Annual administration report of the Civil Veterinary Department, Ajmere-Merwara, British Rajputana - 1914-1940
Year: 1914
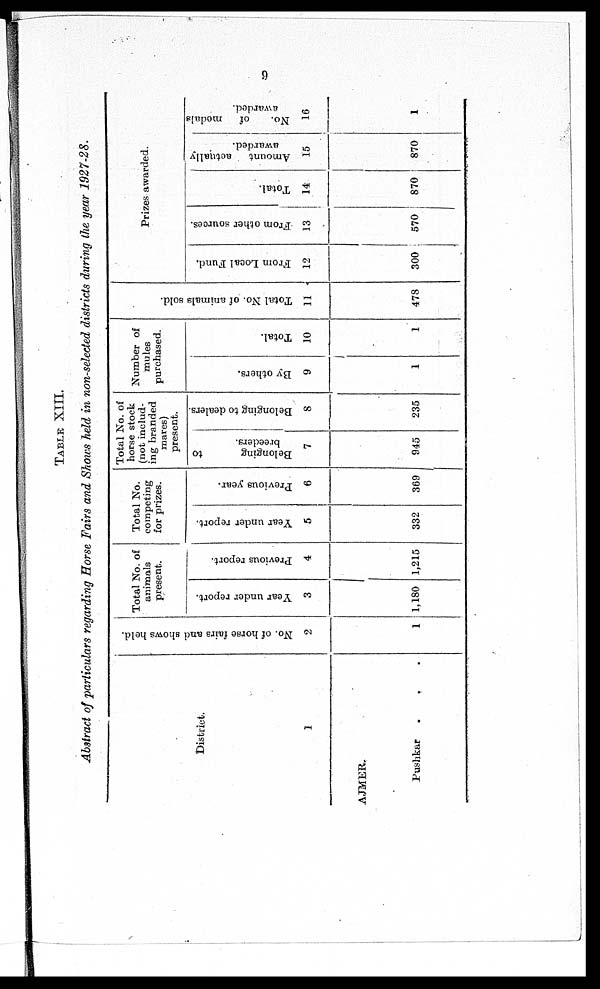
9
TABLE XIII.
Abstract of particulars regarding Horse Fairs and Shows held in non-selected districts during the year 1927-28.
District.
1
AJMER.
Pushkar
. . .
No. of horse fairs and shows held.
2
1
Total No. of
animals
present.
Year under report.
3
1,180
Previous report.
4
1,215
Total No.
competing
for prizes.
Year under report.
5
332
Previous year.
6
369
Total No. of
horse stock
(not includ-
ing branded
mares)
present.
Belonging
to
breeders.
7
945
Belonging to dealers.
8
235
Number of
mules
purchased.
By others.
9
1
Total.
10
1
Total No. of animals sold.
11
478
Prizes awarded.
From Local Fund.
12
300
From other sources.
13
570
Total.
14
870
Amount
actually
awarded.
15
870
No. of medals
awarded.
16
1